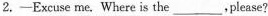
2.—Excuse me. Where is the___,Please?